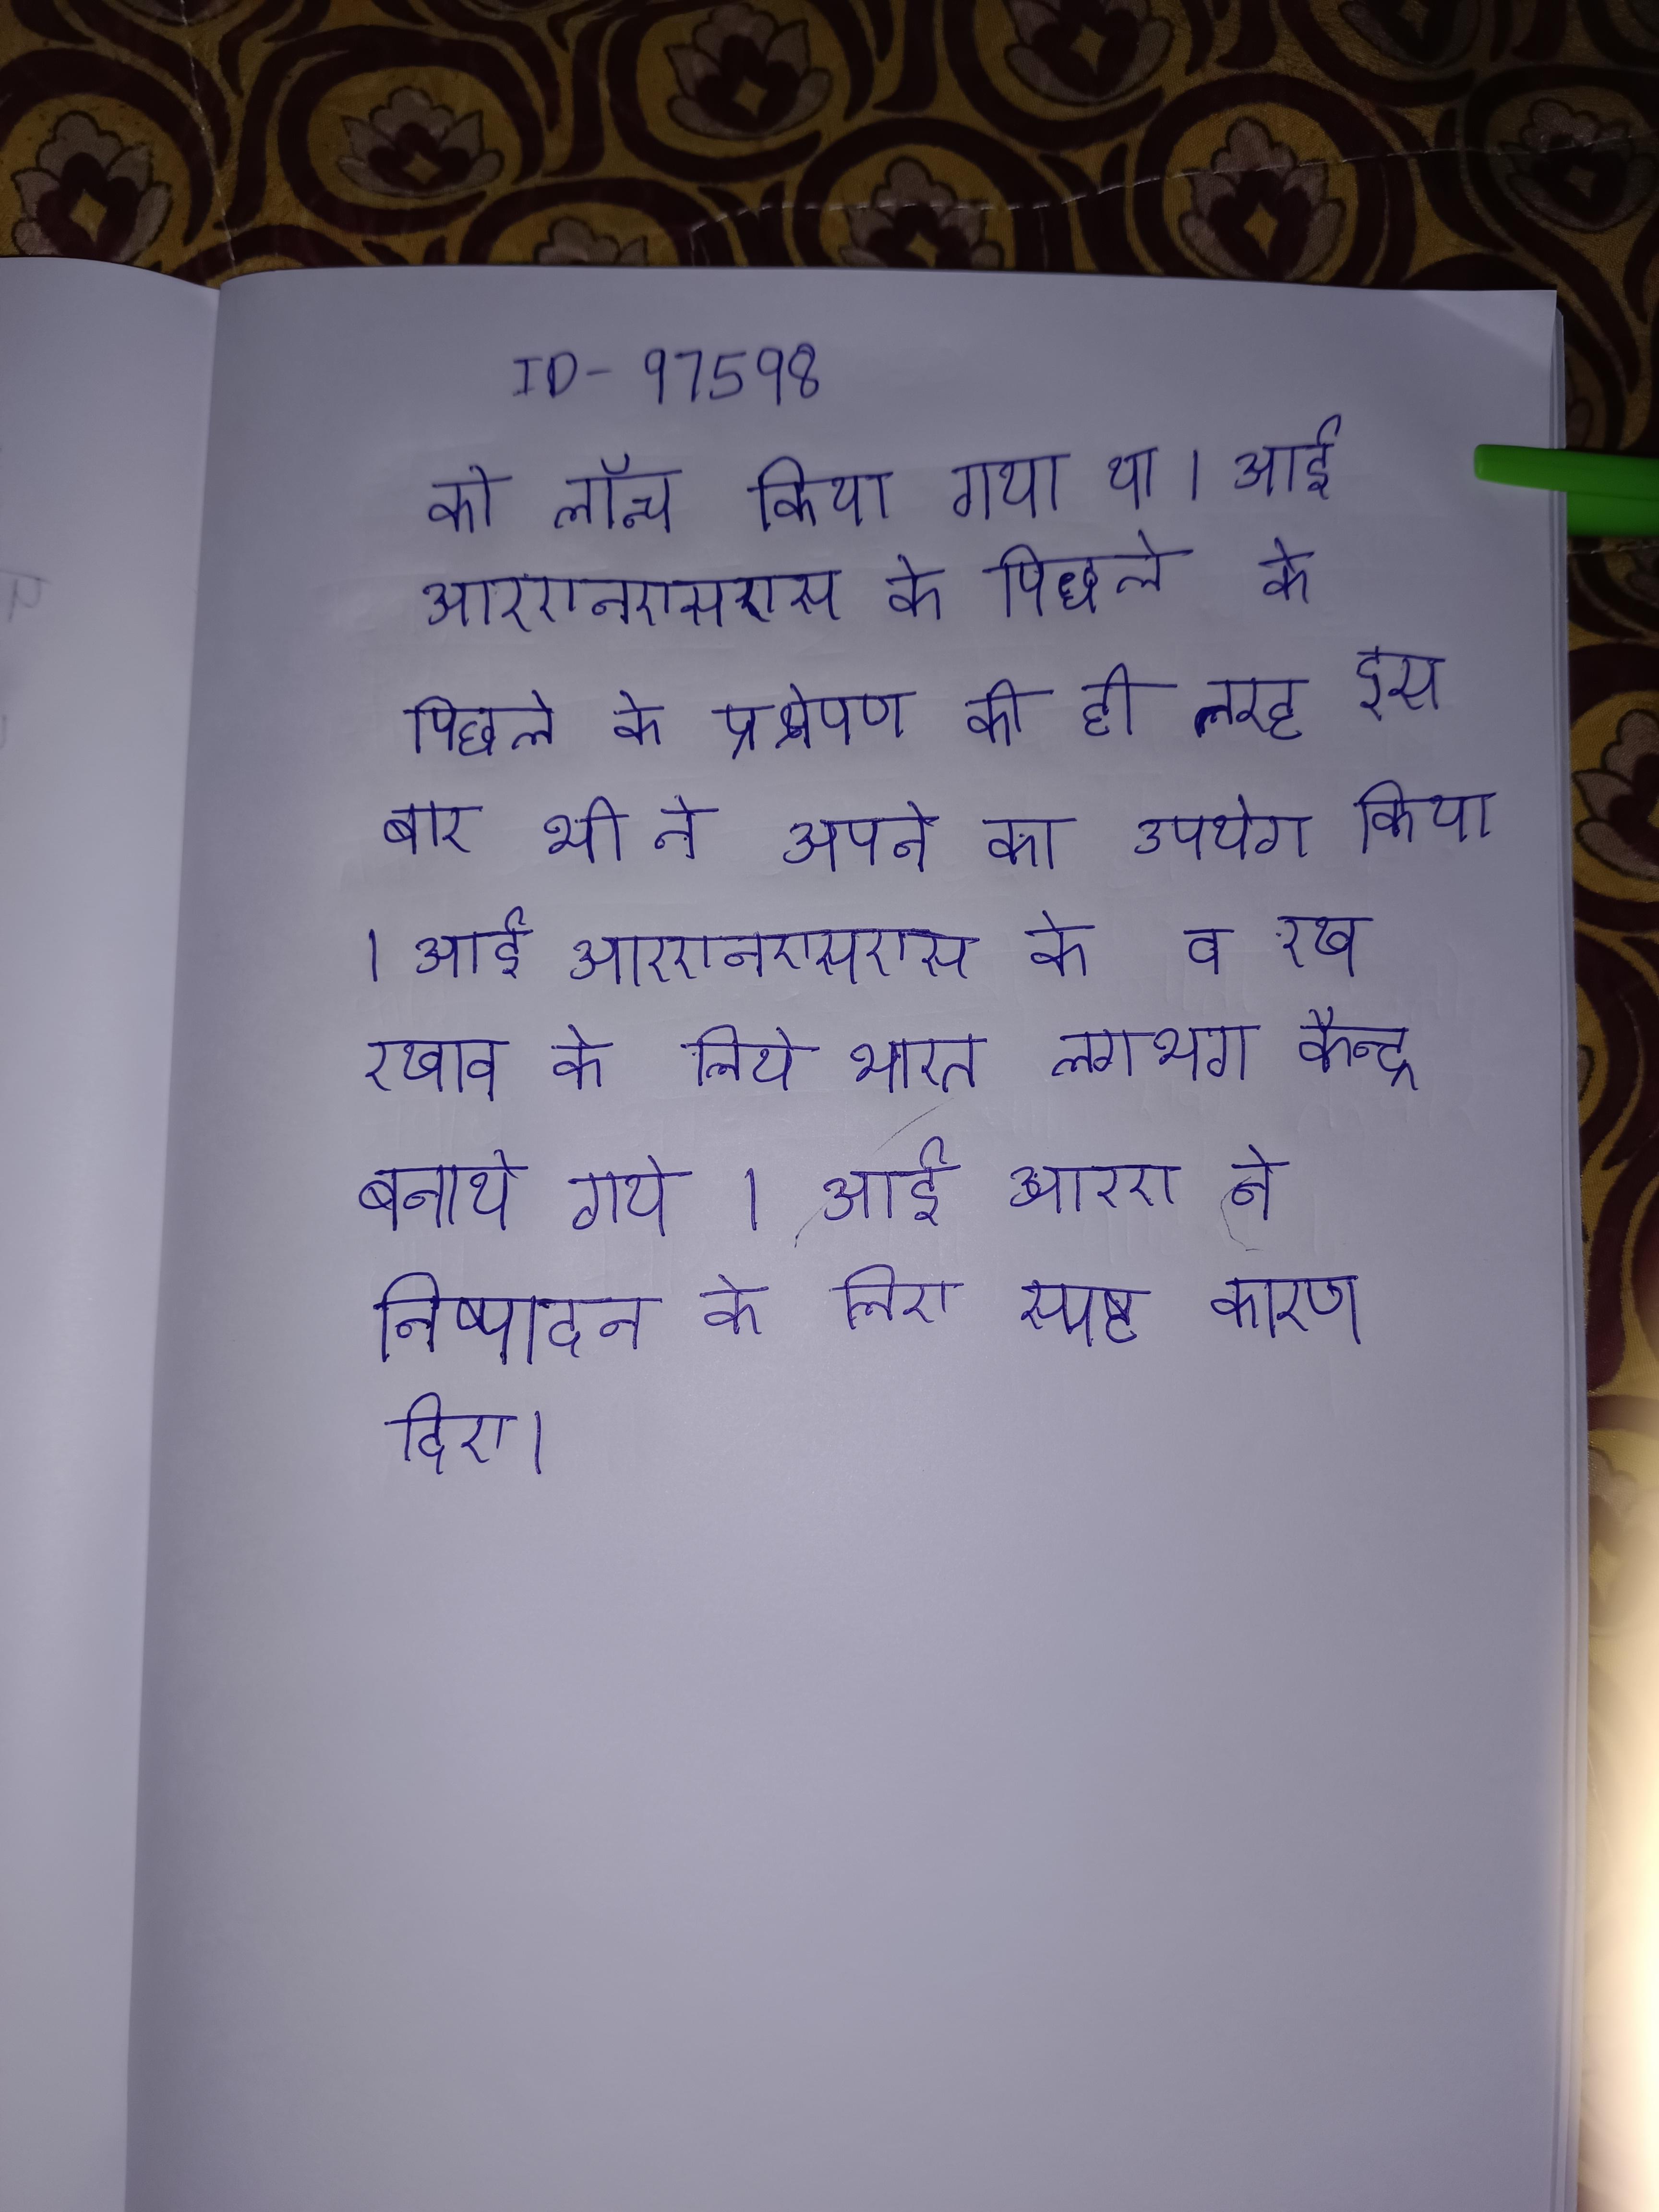
को लॉन्च किया गया था । आईआरएनएसएस के पिछले के प्रक्षेपण की ही तरह इस बार भी ने अपने का उपयोग किया । आईआरएनएसएस के व रख रखाव के लिये भारत लगभग केन्द्र बनाये गये । आईआरए ने निष्पादन के लिए स्पष्ट कारण दिए ।